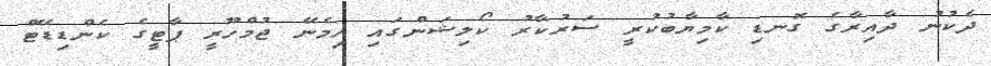
ދެކުނު ދާއިރާގެ ގޮނޑި ކާމިޔާބުކުރީ ސަރުކާރު ކޯލިޝަންގައި ހިމެނޭ ޖުމްހޫރީ ޕާޓީގެ ކެންޑިޑޭޓް